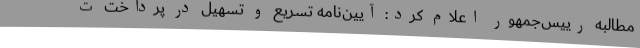
مطالبه رییس‌جمهور اعلام کرد: آیین‌نامه‌ تسریع و تسهیل در پرداخت ت